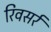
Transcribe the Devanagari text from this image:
रिवसर्र